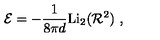
{ \cal E } = - \frac { 1 } { 8 \pi d } \mathrm { L i } _ { 2 } ( { \cal R } ^ { 2 } ) \ ,